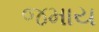
જમાય